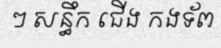
ៗ សន្ធឹក ជើង កងទ័ព